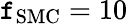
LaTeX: \mathtt{f}_{\mathrm{{SMC}}}=10